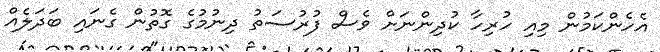
އެހެންކަމުން މިއި ހުރިހާާ ކުދިންނަށް ވެސް ފުރުސަތު ދިނުމުގެ ގޮތުން ގެނައި ބަދަލެއް